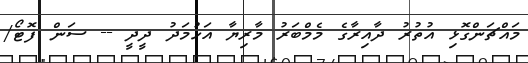
މައްޗަންގޮޅި އުތުރު ދާއިރާގެ މެމްބަރު މާރިޔާ އަހުމަދު ދީދީ -- ސަން ފޮޓޯ/